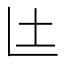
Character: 𮰙